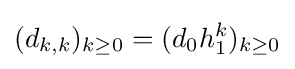
(d_{k,k})_{k\geq 0}=(d_{0}h_{1}^{k})_{k\geq 0}